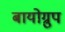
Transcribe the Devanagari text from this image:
बायोग्रुप